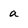
Character: a